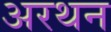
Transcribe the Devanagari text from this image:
अरथन